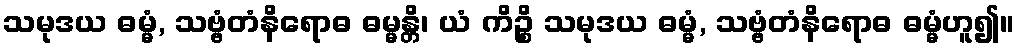
သမုဒယ ဓမ္မံ, သဗ္ဗံတံနိရောဓ ဓမ္မန္တိ၊ ယံ ကိဉ္စိ သမုဒယ ဓမ္မံ, သဗ္ဗံတံနိရောဓ ဓမ္မံဟူ၍။